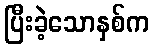
ပြီးခဲ့သောနှစ်က